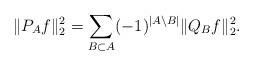
LaTeX: \begin{align*} \|P_A f\|_2^2 = \sum_{B \subset A} (-1)^{|A\setminus B|} \|Q_B f\|_2^2.\end{align*}